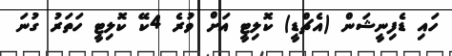
ހައި ޑެފިނީޝަން (އެޗްޑީ) ކޮލިޓީ އަށް ވުރެ 4ކޭ ކޮލިޓީ ހަތަރު ގުނަ